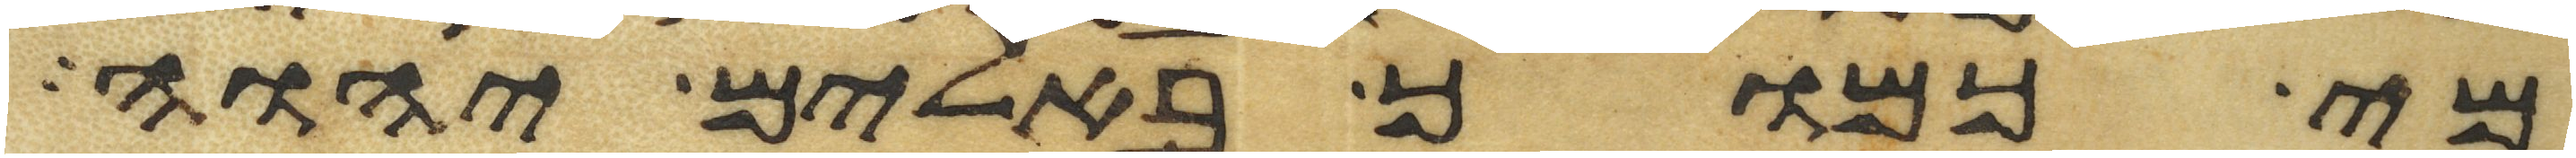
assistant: מי כמוך באלים יהוה